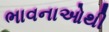
ભાવનાઓથી